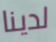
لدينا